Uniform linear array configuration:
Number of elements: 12
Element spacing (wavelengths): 1
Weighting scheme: hamming
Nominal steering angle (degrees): -60
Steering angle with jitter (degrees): -60.012
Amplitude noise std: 0.05
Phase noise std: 0.05

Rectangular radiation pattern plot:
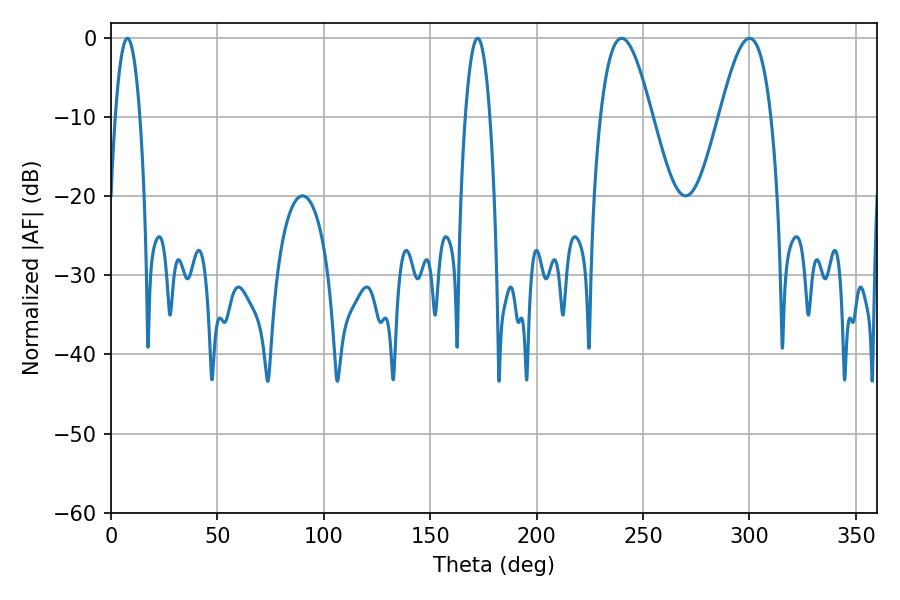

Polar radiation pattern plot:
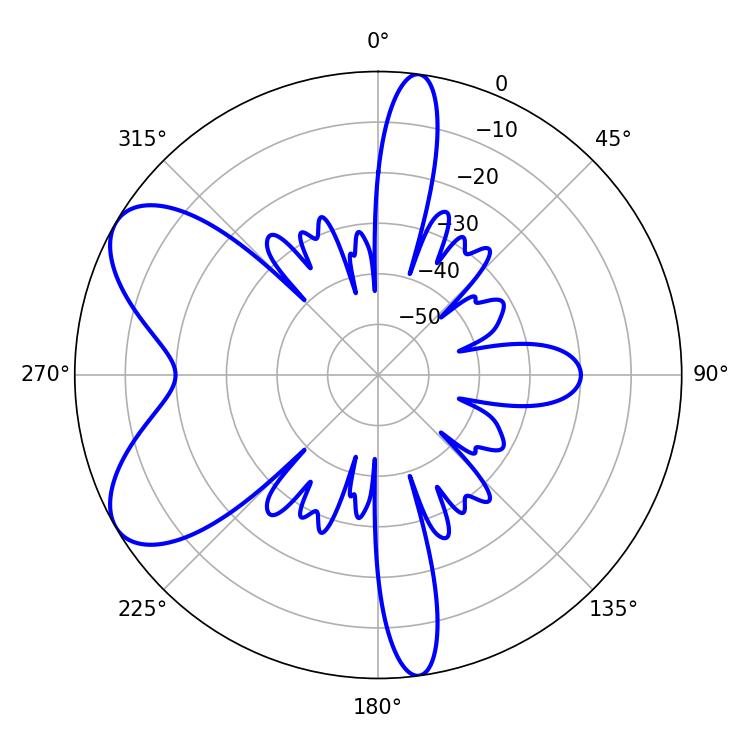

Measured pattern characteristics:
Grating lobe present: TRUE
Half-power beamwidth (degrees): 13.14
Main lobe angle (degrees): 239.94